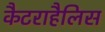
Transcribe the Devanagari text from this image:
कैटराहैलिस